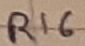
Text: R16